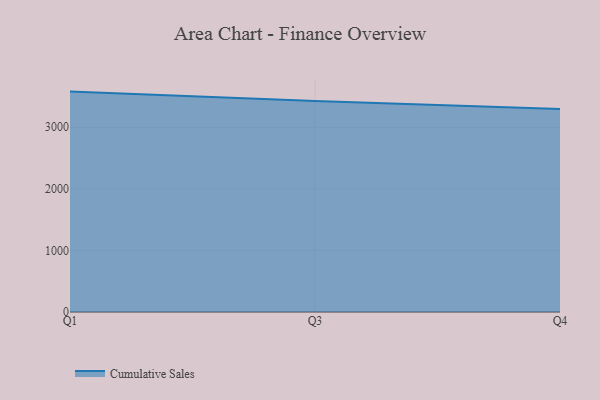
{"axis": {"x": "Quarter", "y": "Shipments"}, "legend": ["Cumulative Sales"], "data": [{"x": "Q1", "y": 3579.7, "type": "Cumulative Sales"}, {"x": "Q3", "y": 3426.8, "type": "Cumulative Sales"}, {"x": "Q4", "y": 3296.2, "type": "Cumulative Sales"}]}